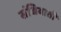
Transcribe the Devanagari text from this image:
संधिवाती